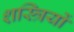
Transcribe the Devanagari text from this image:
शस्त्रियों